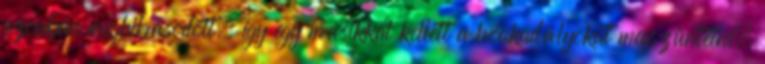
azonban meghibásodott, így egy másikkal kellett a hóakadályokat megszüntetni.